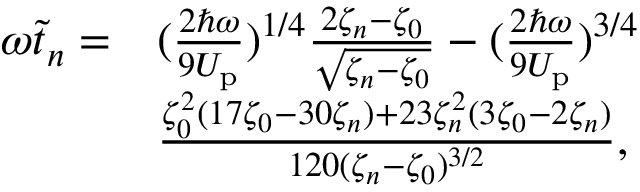
\begin{array} { r l } { \omega \tilde { t } _ { n } = } & { ( \frac { 2 \hbar \omega } { 9 U _ { \mathrm { p } } } ) ^ { 1 / 4 } \frac { 2 \zeta _ { n } - \zeta _ { 0 } } { \sqrt { \zeta _ { n } - \zeta _ { 0 } } } - ( \frac { 2 \hbar \omega } { 9 U _ { \mathrm { p } } } ) ^ { 3 / 4 } } \\ & { \frac { \zeta _ { 0 } ^ { 2 } ( 1 7 \zeta _ { 0 } - 3 0 \zeta _ { n } ) + 2 3 \zeta _ { n } ^ { 2 } ( 3 \zeta _ { 0 } - 2 \zeta _ { n } ) } { 1 2 0 ( \zeta _ { n } - \zeta _ { 0 } ) ^ { 3 / 2 } } , } \end{array}